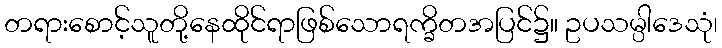
တရားစောင့်သူတို့နေထိုင်ရာဖြစ်သောရက္ခိတအပြင်၌။ ဥပသမ္ပါဒေသုံ၊